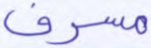
مسرف